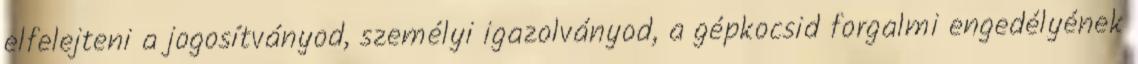
elfelejteni a jogosítványod, személyi igazolványod, a gépkocsid forgalmi engedélyének